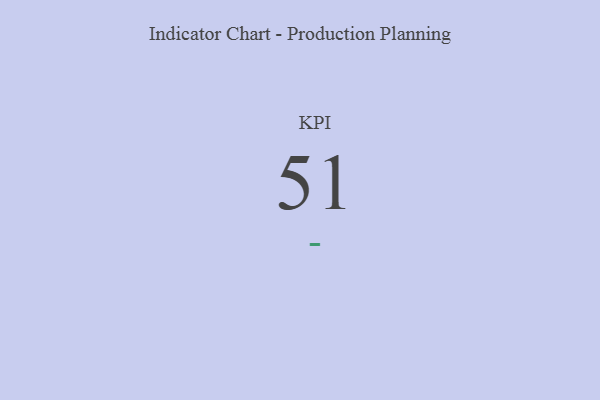
{"axis": {"x": "KPI", "y": "Value"}, "legend": [""], "data": [{"x": "KPI", "y": 51, "type": ""}]}